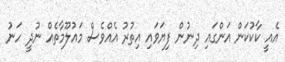
އެއީ ކާކުކަން އަންގައި ދިނުން ފިޔަވައި އިތުރު އެއްވެސް މައުލޫމާތެއް ނުދީ ހަނު